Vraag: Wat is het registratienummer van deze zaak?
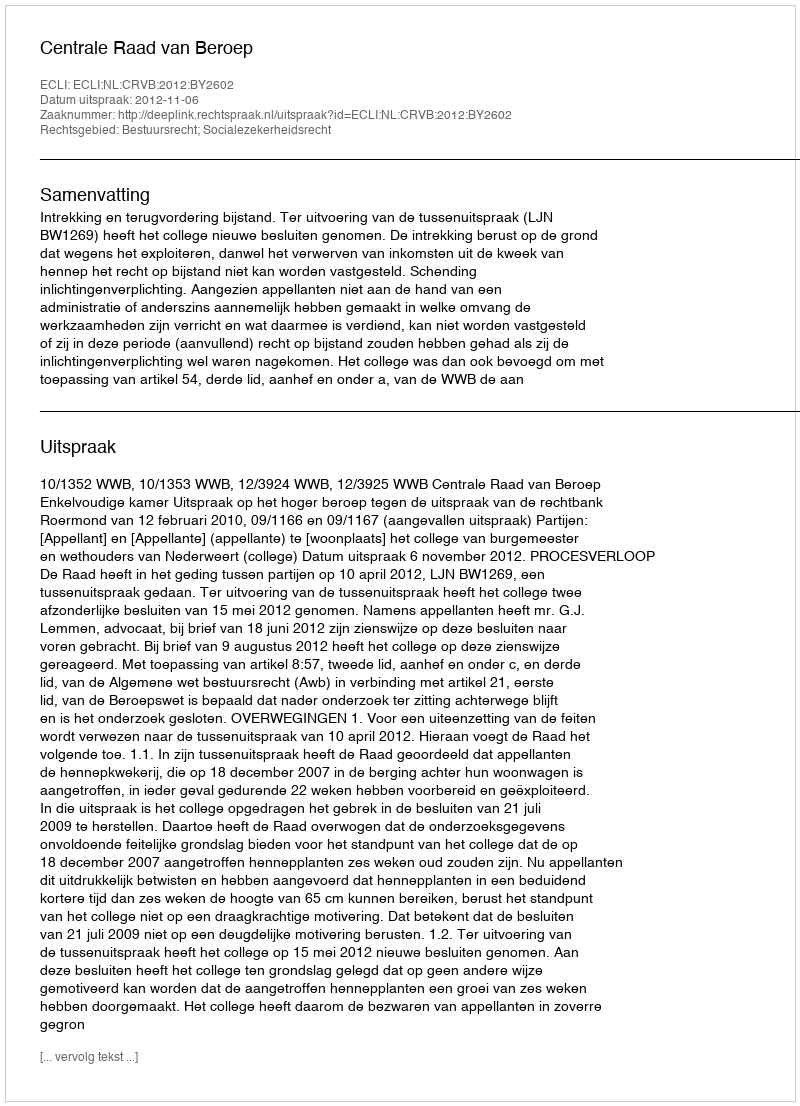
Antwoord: http://deeplink.rechtspraak.nl/uitspraak?id=ECLI:NL:CRVB:2012:BY2602